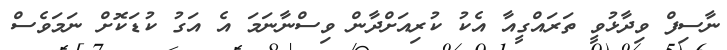
ނާސިފް ވިދާޅުވީ ތަރައްގީއާ އެކު ކުރިއަށްދާން ވިސްނާނަމަ އެ އަގު ކުޑަކޮށް ނަމަވެސް